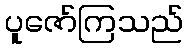
ပူဇော်ကြသည်